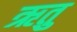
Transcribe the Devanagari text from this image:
ऋतुु